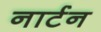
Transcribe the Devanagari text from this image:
नार्टन